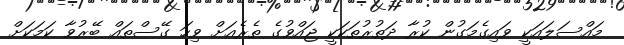
މައްސަލައަކީ ވައިގެމަގުން ކުރާ ދަތުރުތަކަކީ ޖައްވުގެ ތެރެއަށް ވިހަ ގޭސްތައް ބޭރުވާ ކަމަކަށް